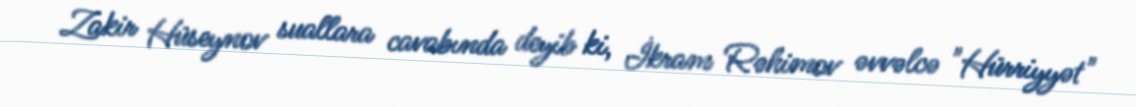
Zakir Hüseynov suallara cavabında deyib ki, İkram Rəhimov əvvəlcə "Hürriyyət"